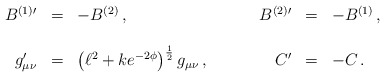
\begin{align*}\begin{array}{rclrcl}B^{(1)\prime} & = & -B^{(2)}\, , &B^{(2)\prime} & = & -B^{(1)}\, ,\\& & & & &\\g_{\mu\nu}^{\prime} & = & \left( \ell^{2}+ke^{-2\phi} \right)^{\frac{1}{2}} g_{\mu\nu}\, ,\hspace{1cm}&C^{\prime} & = & -C\, .\end{array}\end{align*}